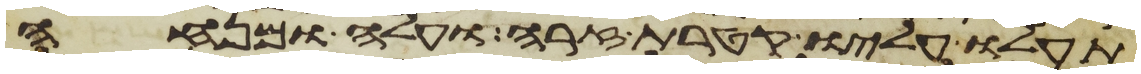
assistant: תעלו עליו קטרת זרה ועלה ומנחה